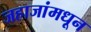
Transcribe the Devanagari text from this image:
जहाजांमधून